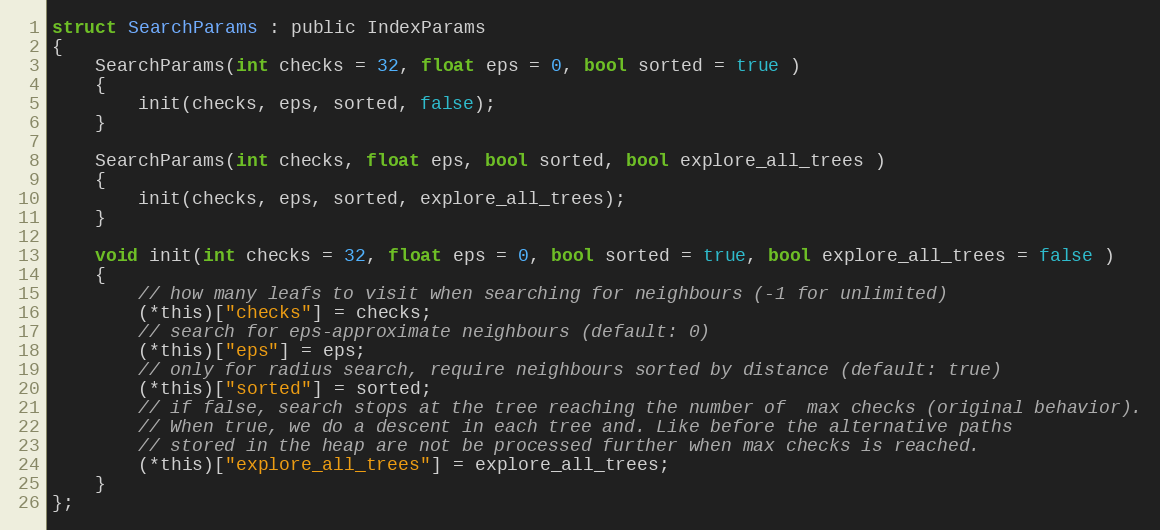
Language: C
struct SearchParams : public IndexParams
{
    SearchParams(int checks = 32, float eps = 0, bool sorted = true )
    {
        init(checks, eps, sorted, false);
    }

    SearchParams(int checks, float eps, bool sorted, bool explore_all_trees )
    {
        init(checks, eps, sorted, explore_all_trees);
    }

    void init(int checks = 32, float eps = 0, bool sorted = true, bool explore_all_trees = false )
    {
        // how many leafs to visit when searching for neighbours (-1 for unlimited)
        (*this)["checks"] = checks;
        // search for eps-approximate neighbours (default: 0)
        (*this)["eps"] = eps;
        // only for radius search, require neighbours sorted by distance (default: true)
        (*this)["sorted"] = sorted;
        // if false, search stops at the tree reaching the number of  max checks (original behavior).
        // When true, we do a descent in each tree and. Like before the alternative paths
        // stored in the heap are not be processed further when max checks is reached.
        (*this)["explore_all_trees"] = explore_all_trees;
    }
};